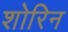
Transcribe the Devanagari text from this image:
शोरिन